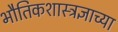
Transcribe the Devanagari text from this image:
भौतिकशास्त्रज्ञाच्या